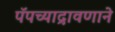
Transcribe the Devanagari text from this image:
पॅपच्याद्रावणाने